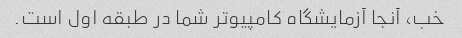
خب، آنجا آزمایشگاه کامپیوتر شما در طبقه اول است.